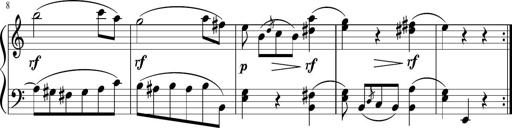
Title: 6 Progressive Sonatinas
Composer: Johann Anton AndrÃ©